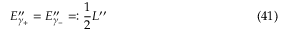
E _ { \gamma _ { + } } ^ { \prime \prime } = E _ { \gamma _ { - } } ^ { \prime \prime } = : { \frac { 1 } { 2 } } L ^ { \prime \prime } \eqno ( 4 1 )